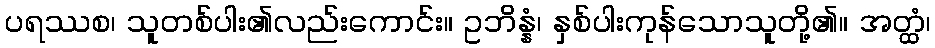
ပရဿစ၊ သူတစ်ပါး၏လည်းကောင်း။ ဥဘိန္နံ၊ နှစ်ပါးကုန်သောသူတို့၏။ အတ္ထံ၊